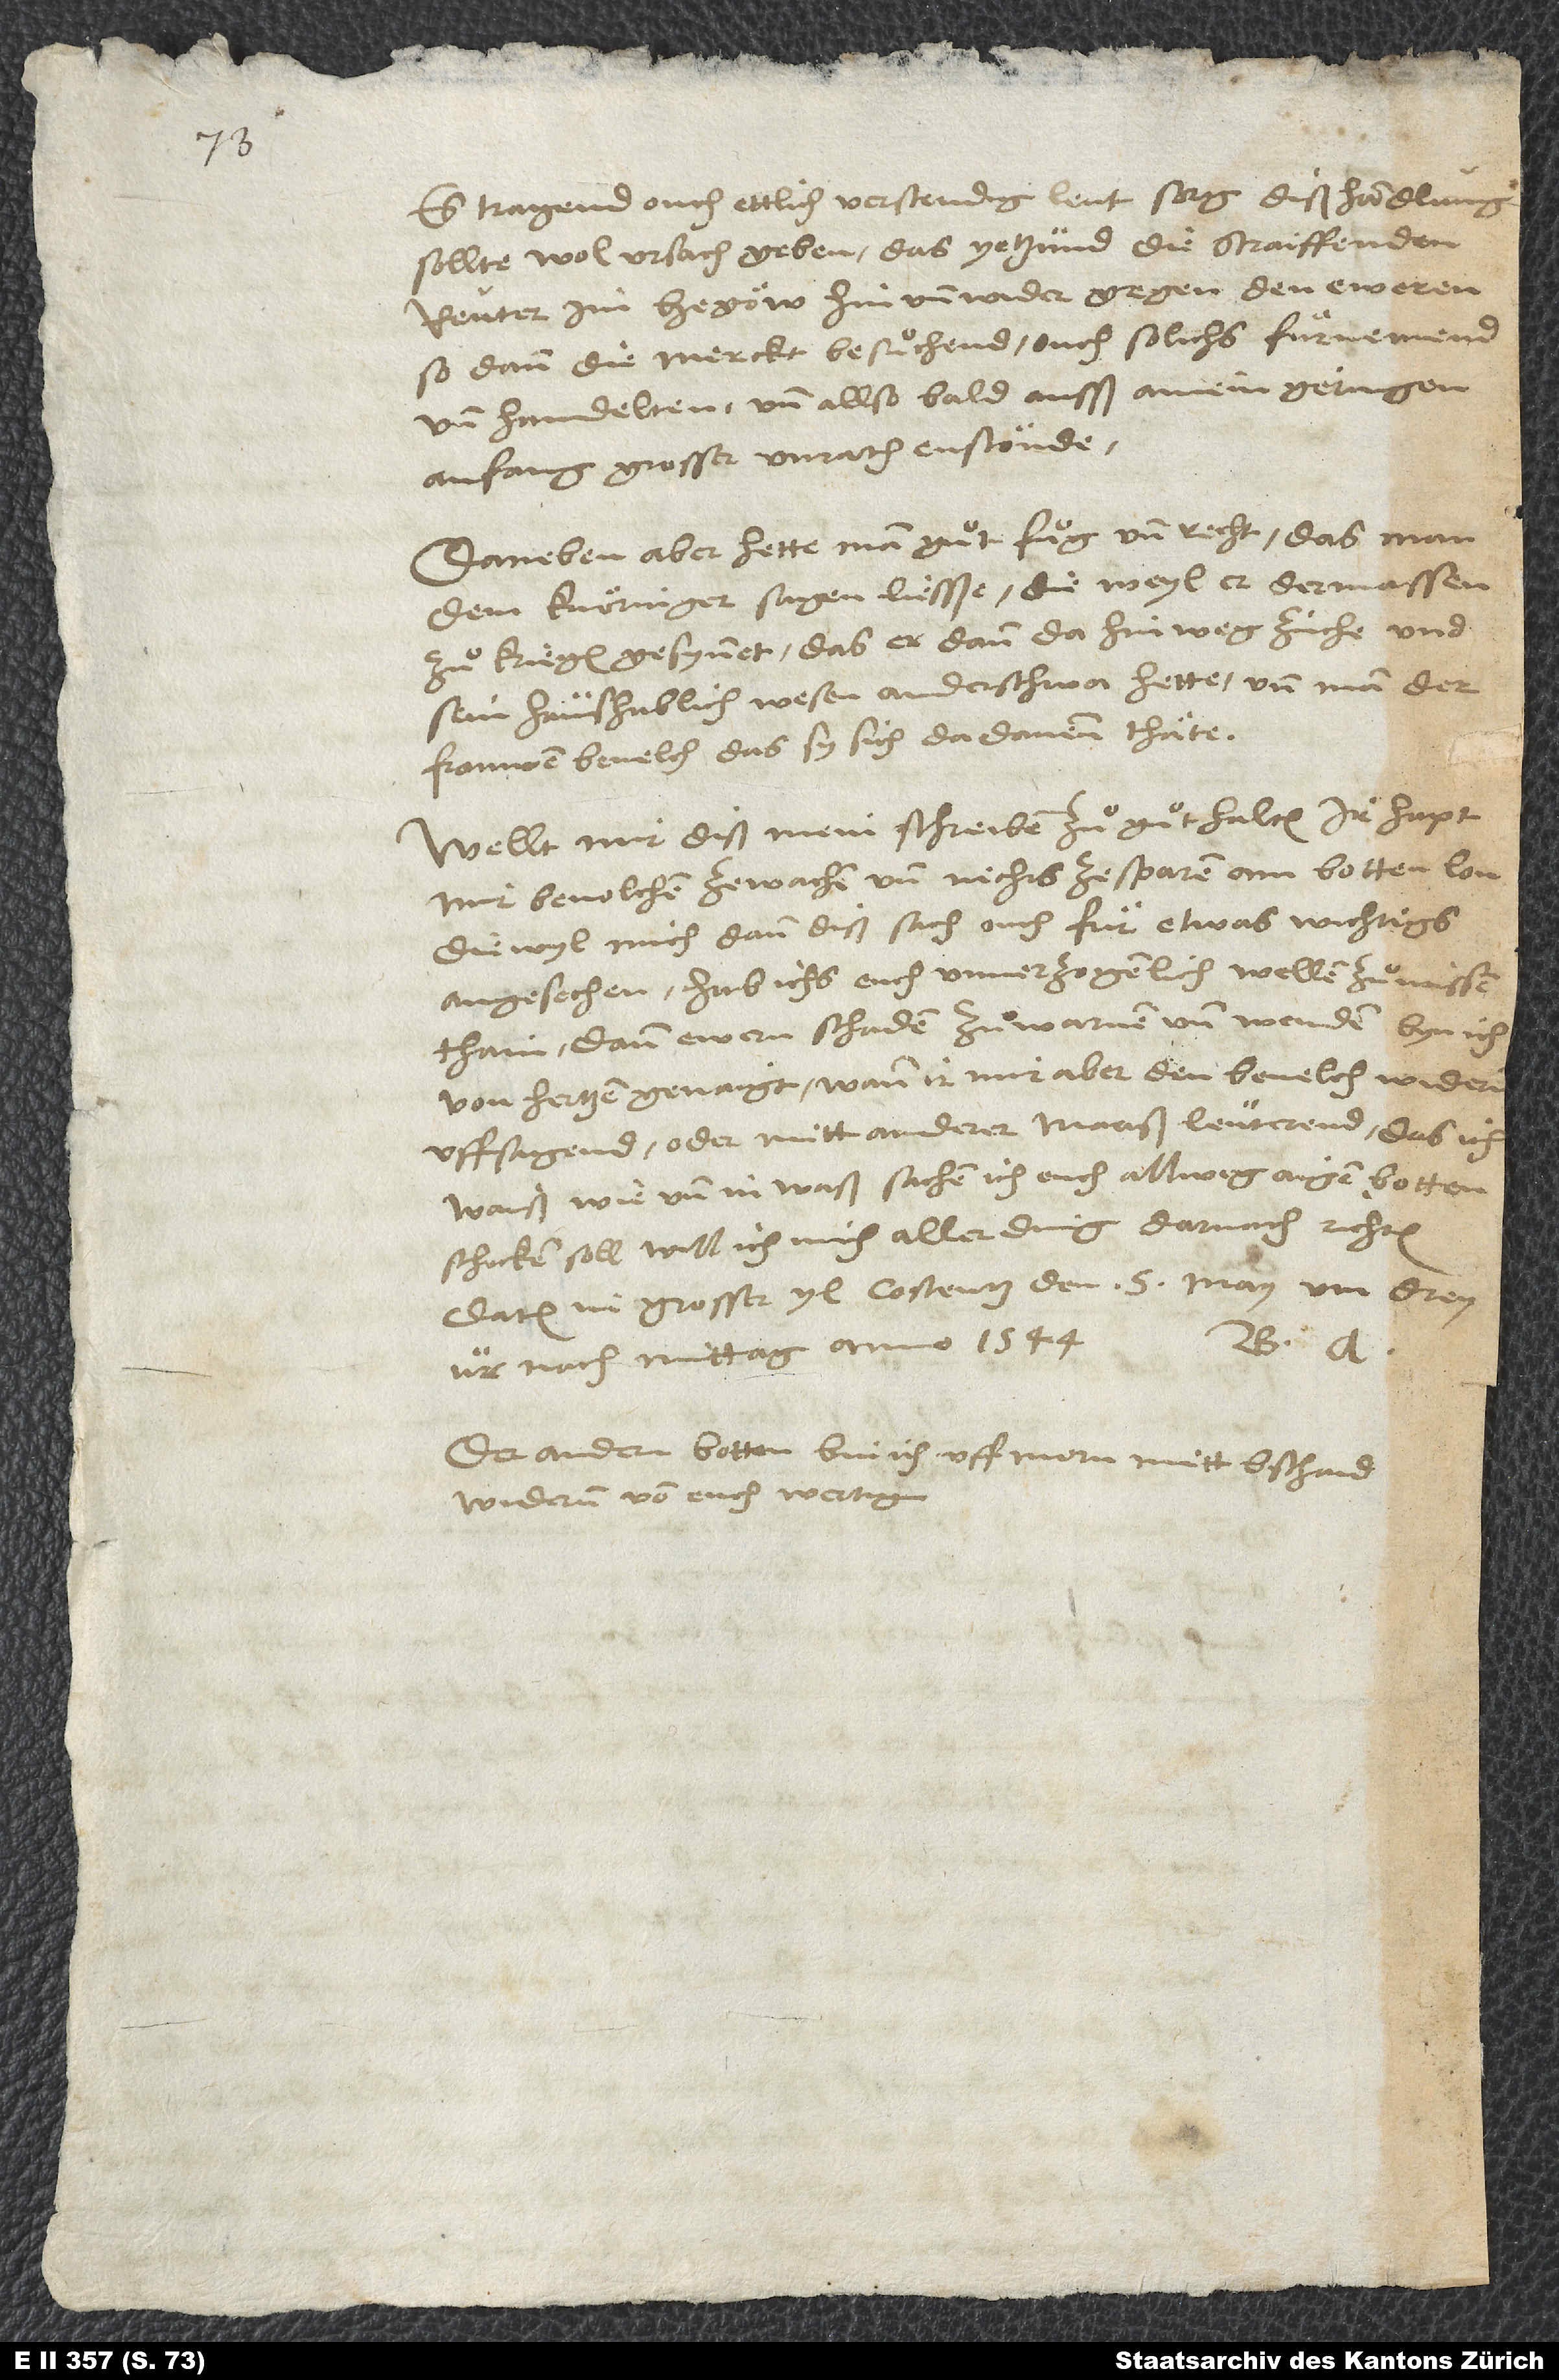
Es tragend ouch ettlich verstendig leut sorg, diß handlung
sollte wol ursach geben, das yetzund die straiffenden
reuter im Hegöw hin und wider gegen den eweren,
so dann die merckt besuͦchend, ouch solichs fürnemend
und handelten, und allso bald auß ainem geringen
anfang großer unrath enstönde.
Daneben aber hette man guͦt fuͦg und recht, das man
dem Knöringer sagen liesße: Die weyl er dermassen
zuͦ kriegen gesynnet, das er dann da hinweg zieche und
sein haushablich wesen anderschwa hette, und man der
frauwen bevelch, das sy sich da dannen thäte.
Wellt mir diß mein schreiben zuͦ guͦt halten. Ir hapt
mir bevolchen, zewachen und nichts ze sparen am botten lon.
Diewyl mich dann diß sach ouch für etwas wichtigs
angesechen, hab ichs euch unverzogenlich wellen zuͦ wissen
thain, dann ewern schaden zuͦ warnen und wenden, byn ich
von hertzen genaigt. Wann ir mir aber den bevelch widerum
uffsagend oder mitt anderer maaß leuterend, das ich
waiß, wie und in waß sachen ich euch allweg aigen botten
schicken soll, will ich mich allerding darnach richten.
Datum in grosser yl, Costentz, den 5. may um drey
B. A.
ur nach mittag anno 1544.
Der andern botten bin ich uff morn mitt bschaid
widerum von euch wertig.